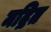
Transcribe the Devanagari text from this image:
मद्रित